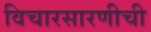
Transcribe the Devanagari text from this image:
विचारसारणीची